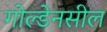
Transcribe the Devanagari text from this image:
गोल्डेनसील